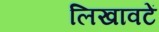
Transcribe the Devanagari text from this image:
लिखावटें